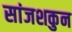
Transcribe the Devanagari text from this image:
सांजशकुन